Indian journal of veterinary science and animal husbandry - Volume 1,
Year: 1931
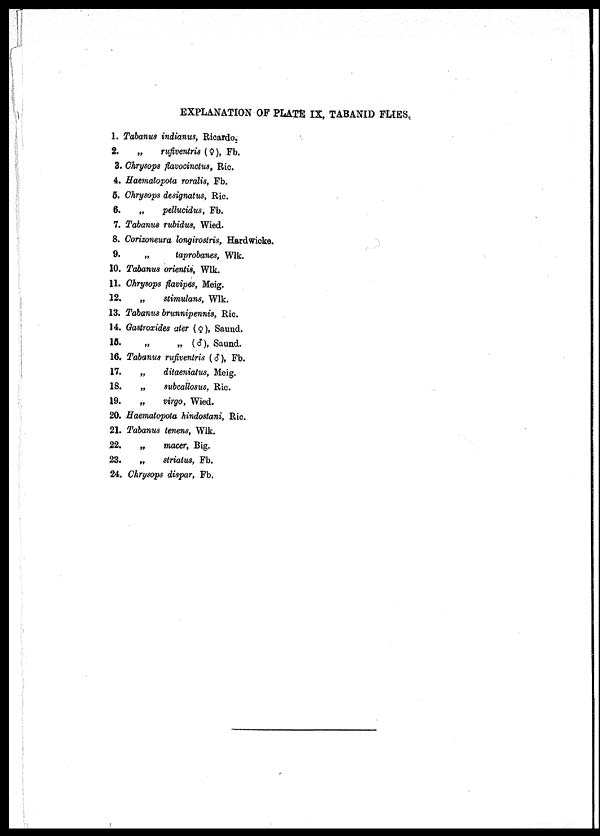
EXPLANATION OF PLATE IX, TABANID FLIES.
1.
2.
3.
4.
5.
6.
7.
8.
9.
10.
11.
12.
13.
14
15.
16.
17.
18.
19.
20.
21.
22.
23.
24.
Tabanus indianus, Ricardo.
„
rufiventris (♀), Fb.
Chrysops flavocinctus, Ric.
Haematopota roralis, Fb.
Chrysops designatus, Ric.
„
pellucidus, Fb.
Tabanus nibidus, Wied.
Corizoneura longirostris, Hardwicke.
„
taprobanes, Wlk.
Tabanus orientis, Wlk.
Chrysops flavipes, Meig.
„
stimulans, Wlk.
Tabanus brunnipennis, Ric.
Gastroxides ater (♀), Saund.
„
„ (♂), Saund.
Tabanus rufiventris (♂), Fb.
„
ditaeniatus, Meig.
„
subcallosus. Ric.
„
virgo, Wied.
Haematopota hindostani, Ric.
Tabanus tenens, Wlk.
„ macer, Big.
„
striatus, Fb.
Chrysops dispar, Fb.